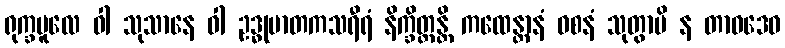
ရုက္ခမူလေ ဝါ သုသာနေ ဝါ ဥဒ္ဓုမာတကသရီရံ နိက္ခိတ္တန္တိ ကထေန္တာနံ ဝစနံ သုတွာပိ န တာဝဒေဝ